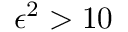
\epsilon ^ { 2 } > 1 0 \